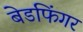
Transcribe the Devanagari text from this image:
बेडफिंगर